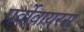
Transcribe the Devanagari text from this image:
पर्वोवायरस